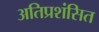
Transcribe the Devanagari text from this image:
अतिप्रशंसित